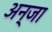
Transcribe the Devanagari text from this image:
अन्जा